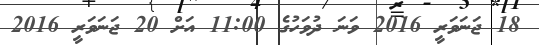
18 ޖަނަވަރީ 2016 ވަނަ ދުވަހުގެ 11:00 އަށް 20 ޖަނަވަރީ 2016